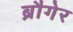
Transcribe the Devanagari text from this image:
ब्रौगेर